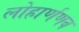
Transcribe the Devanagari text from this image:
लोहार्णणव